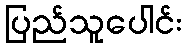
ပြည်သူပေါင်း